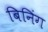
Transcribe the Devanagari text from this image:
बिनिंग